Scottish Certificate of Education, 1962
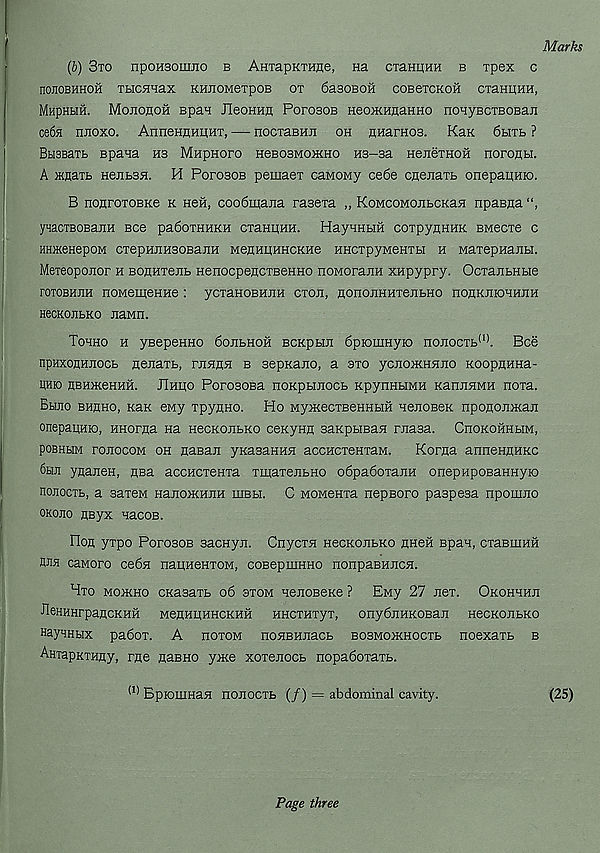
Marks
(b) 3to npoH3om.no b AHxapKTHne, na cxaHEtHH b xpex c
nOJIOBHHOH XLICHHax KHnOMOXpOB OX 6a30B0H COBeXCKOH exaHHHH,
Mhphhh. Mohohoh spaa Hoohhh PorosoB HeoxcHnaHHo noHyBcxBOBan
ce6H nnoxo. AnnennHiiHx, — nocxasHn oh nHaraos. Kan 6bixb ?
BbisBaxb spana H3 MHpnoro hobosmokho H3-3a HenexHOH noroflbi.
A )Knaxb HeiibSH. H Pofosob pemaex caMOMy ce6e cflenaxb onepapnio.
B nonroxoBKe k hoh, coodmana rasexa „ KoMcoMonbCKan npasna
ynaoxBOBajiH boo pa6oxHHKH cxaHHHH. HayHHbm coxpyQHHK BMecxe c
moKenepoM cxepHJiH30BajiH MeflHHHHCKHe HHCxpyMenxbi h Maxopnanbi.
Meieoponor h Bounxenb HenocpencxBeHHO noMoranH xnpypry. OcxanbHbie
roxoBHJiH noMemeHHe: ycxanoBHUH exon, nononHHxenbHO nonKmoHHnn
HecKonbKO naMn.
Tohho h yBepeHHO 6onbHOH BCKpbin dpiomayio nonocxb (1) . Bee
npHxonnnocb nenaxb, rnnnn b sepnano, a sxo ycnoncHnno KOopnHHa-
Phio HBHHceHHH. JIhho PorosoBa noKpbinocb KpynHbiMH KannnMH noxa.
Bhjio BHflHO, Kan eMy xpyHHO. Ho MyncecxBeHHbiH nenoBeK npononnean
onepapmo, HHorna na HecKonbKO ceKynn saKphisan rnasa. CnoKOHHbiM,
poBHHM ronocoM oh nasan ynasaHKH accHcxeHxaM.
Korna anneHflHKc
6hji ynanen, nsa accHCxeHxa xmaxenbHO o6pa6oxanH onepnpoBaHHyio
nojiocib, a saxen HanoJKHnH mBbi. C MOMenxa nepBoro paspesa npomno
okojio HByx nacoB.
rion yxpo PorosoB sacHyn. Cnycxn HecKonbKO nneH span, cxaBmHH
HJia caMoro ce6n nanneHxoM, coBepmHHO nonpaBHncn.
Hxo mohcho CKasaxb 06 sxom HenoBexe ? EMy 27 nex. Okohhhh
•neHHHrpancKHH MenHHHHCKHH HHCTHxyx, ony6nHKOBan HecKonbKO
HayHHbix pa6ox. A hoxom nonBHnacb BOSMonenooxb noexaxb b
AHiapKXHny, rne naBHO ynce xoxenocb nopa6oxaxb.
(1) BpiomHan nonoexb (/) = abdominal cavity.
(25)
Page three